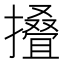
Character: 𢶣